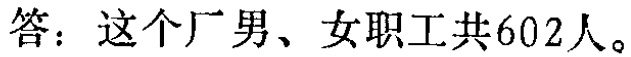
答：这个厂男、女职工共602人。